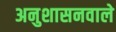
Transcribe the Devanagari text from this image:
अनुशासनवाले